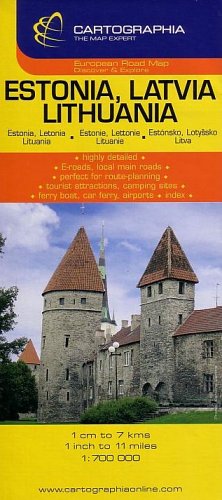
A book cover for Estonia, Latvia, Lithuania (Country Map); Cartographia; Travel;